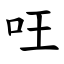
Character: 㕵